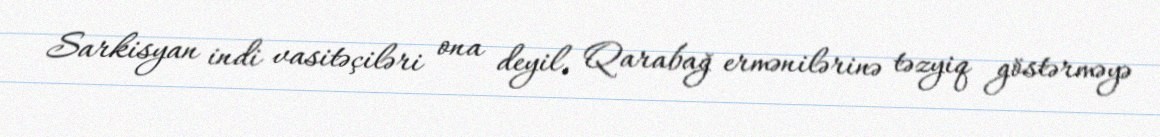
Sarkisyan indi vasitəçiləri ona deyil, Qarabağ ermənilərinə təzyiq göstərməyə